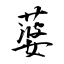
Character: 蔢